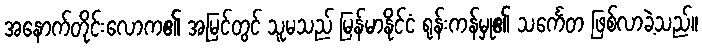
အနောက်တိုင်းလောက၏ အမြင်တွင် သူမသည် မြန်မာနိုင်ငံ ရုန်းကန်မှု၏ သင်္ကေတ ဖြစ်လာခဲ့သည်။